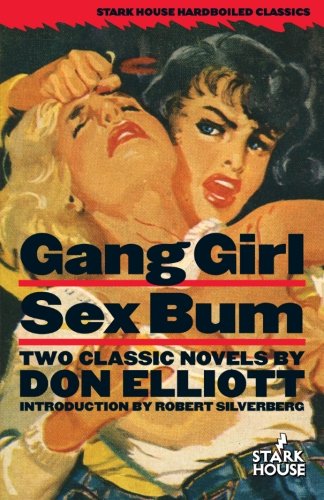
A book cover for Gang Girl / Sex Bum; Don Elliott; Romance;